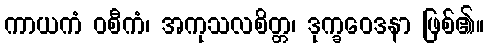
ကာယကံ ဝစီကံ၊ အကုသလစိတ္တ၊ ဒုက္ခဝေဒနာ ဖြစ်၏။